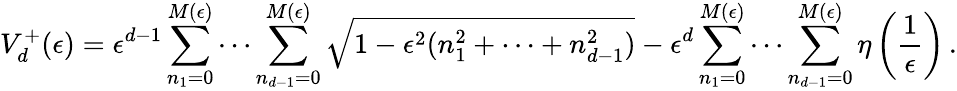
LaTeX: V_{d}^{+}(\epsilon)=\epsilon^{d-1}\sum_{n_{1}=0}^{M(\epsilon)}\cdots\sum_{n_{d-1}=0}^{M(\epsilon)}\sqrt{1-\epsilon^{2}(n_{1}^{2}+\cdots+n_{d-1}^{2})}-\epsilon^{d}\sum_{n_{1}=0}^{M(\epsilon)}\cdots\sum_{n_{d-1}=0}^{M(\epsilon)}\eta\left(\frac{1}{\epsilon}\right)\, .